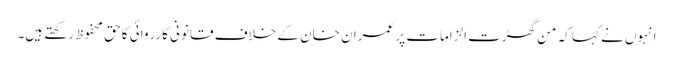
انہوں نے کہا کہ من گھڑت الزامات پر عمران خان کے خلاف قانونی کارروائی کا حق محفوظ رکھتے ہیں۔